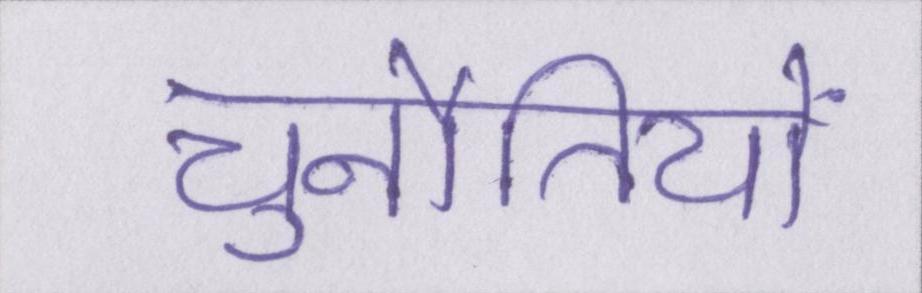
चुनौतियों